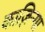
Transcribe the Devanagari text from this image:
काज़िन्गा